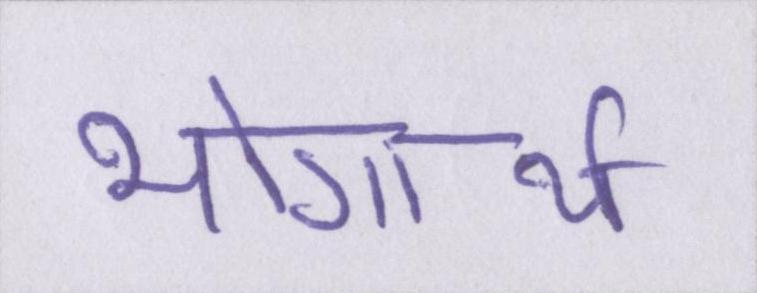
भोगार्थ